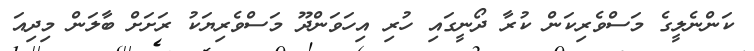
ކަންނެލީގެ މަސްވެރިކަން ކުރާ ދޯނީގައި ހުރި އިހަވަންދޫ މަސްވެރިޔަކު ރަށަށް ބާލަން މިދިއަ